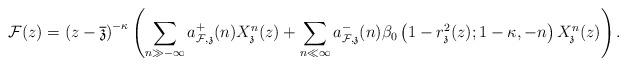
LaTeX: \begin{align*}\quad\mathcal{F}(z)=\left(z-\overline{\mathfrak{z}}\right)^{-\kappa}\left(\sum_{n\gg -\infty} a_{\mathcal{F},\mathfrak{z}}^+(n) X_{\mathfrak{z}}^n(z) + \sum_{n\ll\infty } a_{\mathcal{F},\mathfrak{z}}^-(n)\beta_0\left(1-r_{\mathfrak{z}}^2(z);1-\kappa,-n\right) X_{\mathfrak{z}}^n(z)\right).\end{align*}